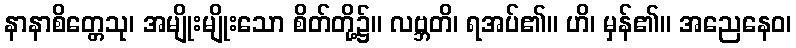
နာနာစိတ္တေသု၊ အမျိုးမျိုးသော စိတ်တို့၌။ လဗ္ဘတိ၊ ရအပ်၏။ ဟိ၊ မှန်၏။ အညေနေဝ၊